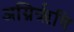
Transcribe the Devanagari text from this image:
अग्निरृषि